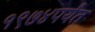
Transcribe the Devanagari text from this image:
१९७४पर्यंत